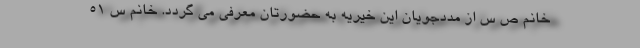
خانم ص س از مددجویان این خیریه به حضورتان معرفی می گردد. خانم س ۵۱